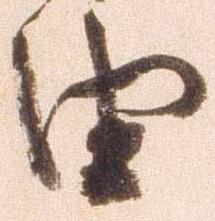
由